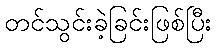
တင်သွင်းခဲ့ခြင်းဖြစ်ပြီး